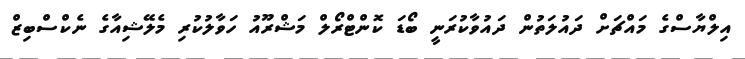
އިލްޔާސްގެ މައްޗަށް ދައުލަތުން ދައުވާކުރަނީ ބޯޑަ ކޮންޓްރޯލް މަޝްރޫއު ހަވާލުކުރި މެލޭޝިއާގެ ނެކްސްބިޒް